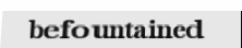
befountained